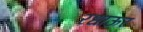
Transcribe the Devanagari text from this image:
रधाऊर